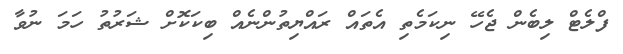
ފްލެޓް ލިބެން ޖެހޭ ނިކަމެތި އެތައް ރައްޔިތުންނެއް ބިކަކޮށް ޝަރުތު ހަމަ ނުވާ